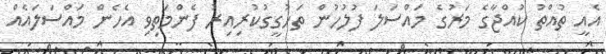
އެއީ ތުއްތު ކުއްޖާގެ މަރުގެ މައްސަލަ ފުލުހުން ތަހުގީގުކުރިއިރު ފެންމަތިވި އެހެން މައްސަލައެއް